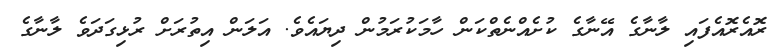
ރޮއެރޮއެފައި ލާނާގެ އޭނާގެ ކުށެއްނެތްކަން ހާމަކުރަމުން ދިޔައެވެ. އަލަން އިތުރަށް ރުޅިގަދަވެ ލާނާގެ